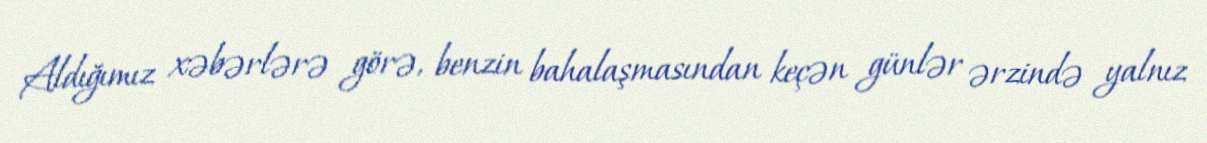
Aldığımız xəbərlərə görə, benzin bahalaşmasından keçən günlər ərzində yalnız